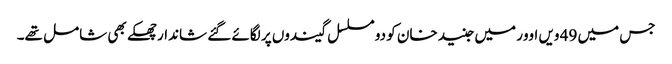
جس میں 49 ویں اوور میں جنید خان کو دو مسلسل گیندوں پر لگائے گئے شاندار چھکے بھی شامل تھے۔